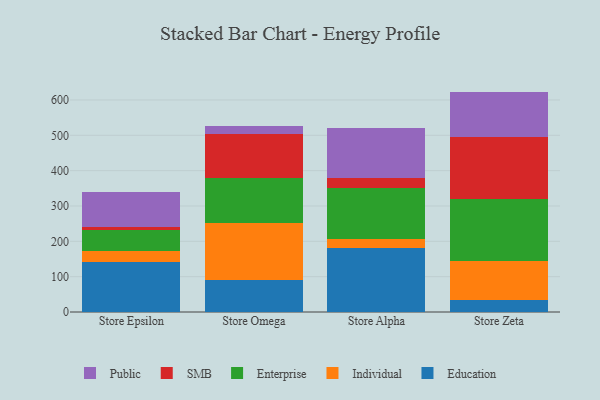
{"axis": {"x": "Store", "y": "Population (Million)"}, "legend": ["Education", "Enterprise", "Individual", "Public", "SMB"], "data": [{"x": "Store Epsilon", "y": 142.4, "type": "Education"}, {"x": "Store Epsilon", "y": 30.6, "type": "Individual"}, {"x": "Store Epsilon", "y": 60.2, "type": "Enterprise"}, {"x": "Store Epsilon", "y": 7.6, "type": "SMB"}, {"x": "Store Epsilon", "y": 97.8, "type": "Public"}, {"x": "Store Omega", "y": 89.9, "type": "Education"}, {"x": "Store Omega", "y": 163.3, "type": "Individual"}, {"x": "Store Omega", "y": 127.3, "type": "Enterprise"}, {"x": "Store Omega", "y": 122.8, "type": "SMB"}, {"x": "Store Omega", "y": 23.0, "type": "Public"}, {"x": "Store Alpha", "y": 179.9, "type": "Education"}, {"x": "Store Alpha", "y": 27.1, "type": "Individual"}, {"x": "Store Alpha", "y": 143.2, "type": "Enterprise"}, {"x": "Store Alpha", "y": 29.6, "type": "SMB"}, {"x": "Store Alpha", "y": 141.2, "type": "Public"}, {"x": "Store Zeta", "y": 32.9, "type": "Education"}, {"x": "Store Zeta", "y": 112.2, "type": "Individual"}, {"x": "Store Zeta", "y": 173.8, "type": "Enterprise"}, {"x": "Store Zeta", "y": 176.5, "type": "SMB"}, {"x": "Store Zeta", "y": 128.3, "type": "Public"}]}